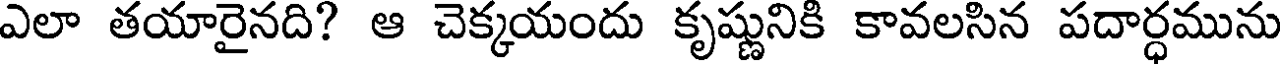
ఎలా తయారైనది? ఆ చెక్కయందు కృష్ణునికి కావలసిన పదార్ధమును